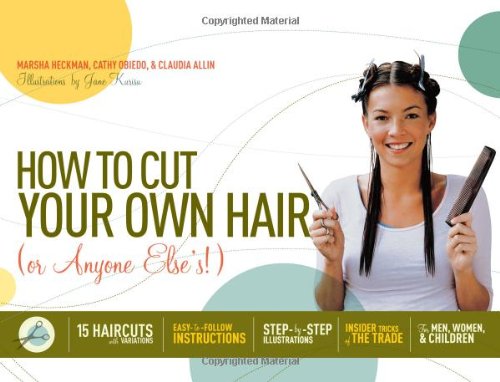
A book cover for How to Cut Your Own Hair (Or Anyone Else's!): 15 haircuts with variations; Claudia Allin; Health, Fitness & Dieting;